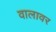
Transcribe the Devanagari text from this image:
वालावर